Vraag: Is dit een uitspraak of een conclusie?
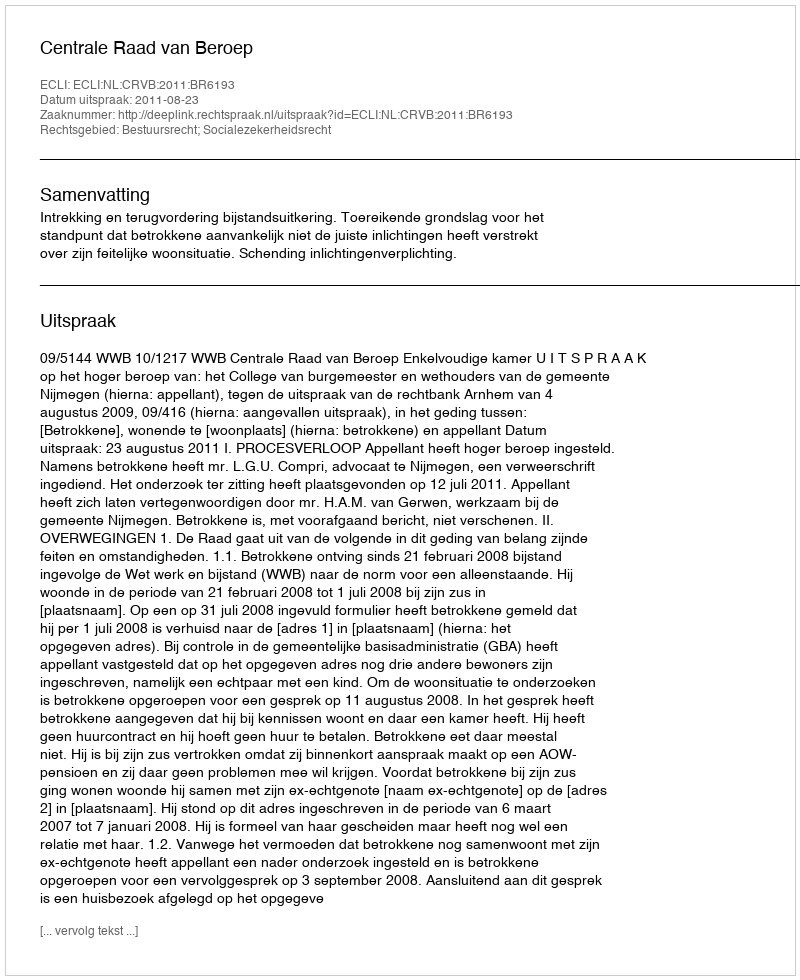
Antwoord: Uitspraak